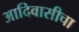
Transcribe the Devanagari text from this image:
आदिवासीचा